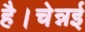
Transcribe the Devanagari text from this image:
है।चेन्नई